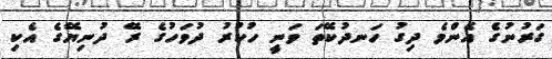
ގަރުނުގެ އެންމެ ދިގު ހަނދުކޭތަ ވަނީ ހުކުރު ދުވަހުގެ ރޭ ދުނިޔޭގެ އެކި